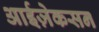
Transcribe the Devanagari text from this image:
आईज़ेकसन